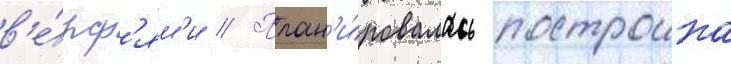
в'е́рф'ям'и // План'и́ровалась построика